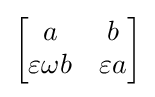
{\begin{bmatrix}a&b\\\varepsilon \omega b&\varepsilon a\end{bmatrix}}